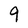
Character: 9